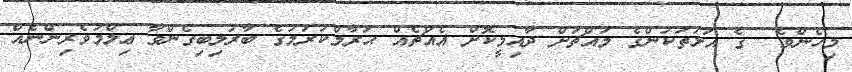
މިހެންވެ  ގެ އަޅުތަކުންގެ މައްޗަށް ދާއިމީކޮށް އެއްޗެއް ޙަރާމްކުރުމުގެ ބާރުލިބިގެންވާ ޢިލްމުވެރިންނެއް